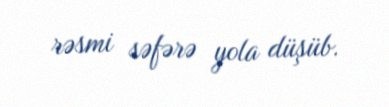
rəsmi səfərə yola düşüb.